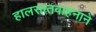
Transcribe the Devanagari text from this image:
हालसातवाहनाने